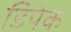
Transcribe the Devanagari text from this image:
डिपेक